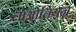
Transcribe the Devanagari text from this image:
लाओतियन